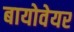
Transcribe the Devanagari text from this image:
बायोवेयर